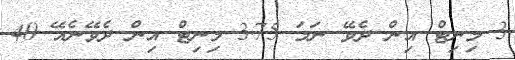
3 މިނިޓް އިން ދެވޭ ނަމަ 3.75 މިނިޓް އިން ދެވޭނެއޭ 40